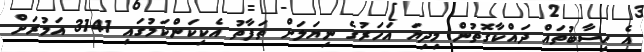
އެ ހިސާބުތައް ދައްކާގޮތުން މިދިޔަ އަހަރުގެ ނިޔަލަށް ތަފާތު އެކިކަންކަމުގައި 3141 އަމުރަށް